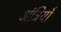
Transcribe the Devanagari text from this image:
अंत्रियाँ